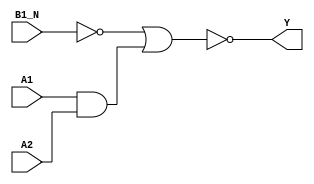
module sky130_fd_sc_ms__a21boi (
    Y   ,
    A1  ,
    A2  ,
    B1_N
);
    output Y   ;
    input  A1  ;
    input  A2  ;
    input  B1_N;
    wire b         ;
    wire and0_out  ;
    wire nor0_out_Y;
    not not0 (b         , B1_N           );
    and and0 (and0_out  , A1, A2         );
    nor nor0 (nor0_out_Y, b, and0_out    );
    buf buf0 (Y         , nor0_out_Y     );
endmodule